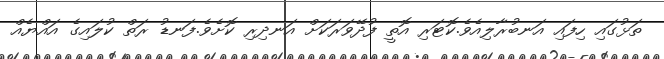
ތަޅުގައި ހިފައި އަނބުރާލިއެވެ.ކޮޓަރި އޮތީ ފުދޭވަރަކަށް އަނދިރި ކޮށެވެ.ފަނޑު ރަތް ކުލައިގެ އައްޔެއް